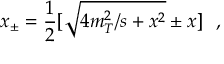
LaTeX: x _ { \pm } = \frac { 1 } { 2 } [ \sqrt { 4 m _ { T } ^ { 2 } / s + x ^ { 2 } } \pm { x } ] \ \ ,